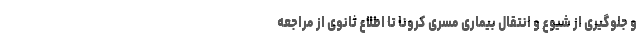
و جلوگیری از شیوع و انتقال بیماری مسری کرونا تا اطلاع ثانوی از مراجعه